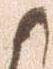
候